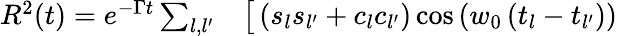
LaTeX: \begin{array}{rl}{R^{2}(t)=e^{-\Gamma t}\sum_{l,l^{\prime}}}&{{}\big[\left(s_{l}s_{l^{\prime}}+c_{l}c_{l^{\prime}}\right)\cos\left(w_{0}\left(t_{l}-t_{l^{\prime}}\right)\right)}\end{array}